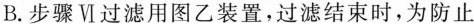
B.步骤Ⅵ过滤用图乙装置，过滤结束时，为防止